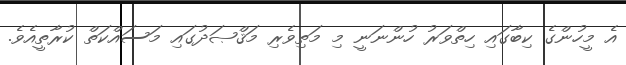
އެ މީހުންގެ ކިބާގައި ހިތްވަރު ހުންނަނީ މި މަތިވެރި މަޤްޞަދުގައި މަސައްކަތް ކުރާތީއެވެ.